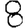
Digit: 8